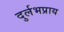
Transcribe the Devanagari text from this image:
दुर्लभप्राय